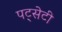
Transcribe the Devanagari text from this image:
पट्सेटी